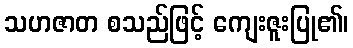
သဟဇာတ စသည်ဖြင့် ကျေးဇူးပြု၏၊